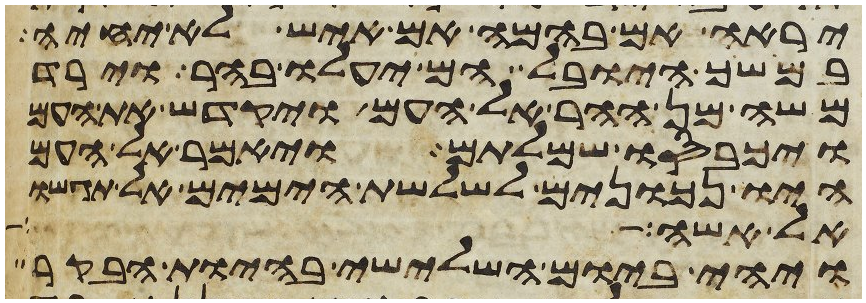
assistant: יראה אם בהמה אם איש לא יחיה
במושך היובל הם יעלו בהר וירד
משה מן ההר אל העם ויקדש את העם
ויכבסו שמלותם ויאמר אל העם
היו נכונים לשלשת הימים אל תגשו
אל אשה
ויהי ביום השלישי בהיות הבקר